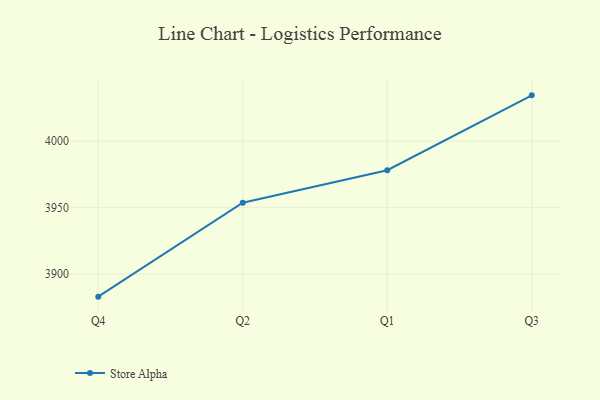
{"axis": {"x": "Quarter", "y": "Satisfaction Score"}, "legend": ["Store Alpha"], "data": [{"x": "Q4", "y": 3883.0, "type": "Store Alpha"}, {"x": "Q2", "y": 3953.7, "type": "Store Alpha"}, {"x": "Q1", "y": 3978.2, "type": "Store Alpha"}, {"x": "Q3", "y": 4034.6, "type": "Store Alpha"}]}